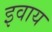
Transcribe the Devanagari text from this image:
इवाय